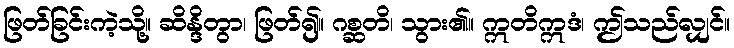
ဖြတ်ခြင်းကဲ့သို့။ ဆိန္ဒိတွာ၊ ဖြတ်၍။ ဂစ္ဆတိ၊ သွား၏။ ဣတိဣဒံ၊ ဤသည်လျှင်။